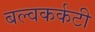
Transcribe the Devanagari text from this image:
बल्वकर्कटी